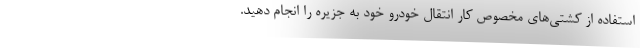
استفاده از کشتی‌های مخصوص کار انتقال خودرو خود به جزیره را انجام دهید.